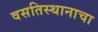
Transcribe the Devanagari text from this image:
वसतिस्थानाचा